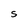
Character: S